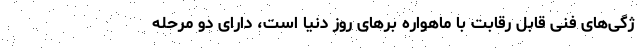
ژگی‌های فنی قابل رقابت با ماهواره برهای روز دنیا است، دارای دو مرحله